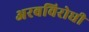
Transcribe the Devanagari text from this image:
अरबविरोधी